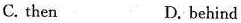
C. then D. behind